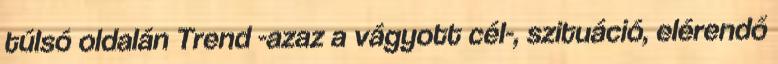
túlsó oldalán Trend -azaz a vágyott cél-, szituáció, elérendő